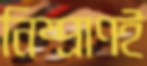
নিষ্প্রাণই